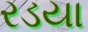
રડયા